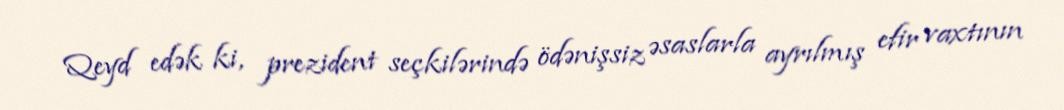
Qeyd edək ki, prezident seçkilərində ödənişsiz əsaslarla ayrılmış efir vaxtının